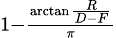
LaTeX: \scriptstyle 1-{\frac{\arctan{\frac{R}{D-F}}}{\pi}}